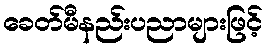
ခေတ်မီနည်းပညာများဖြင့်